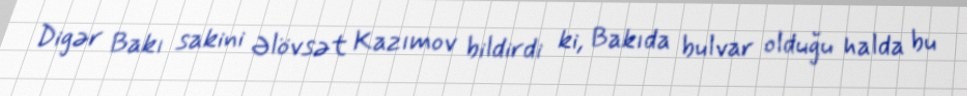
Digər Bakı sakini Əlövsət Kazımov bildirdi ki, Bakıda bulvar olduğu halda bu